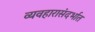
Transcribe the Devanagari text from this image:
व्यवहारासंदर्भात